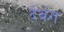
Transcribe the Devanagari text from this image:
देवंग